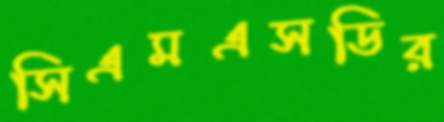
সিএমএসডির